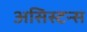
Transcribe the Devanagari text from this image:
असिस्टन्स